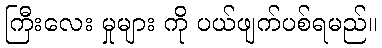
ကြီးလေး မှုများ ကို ပယ်ဖျက်ပစ်ရမည်။